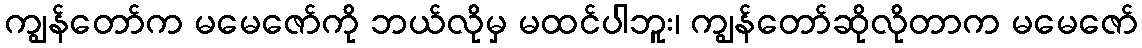
ကျွန်တော်က မမေဇော်ကို ဘယ်လိုမှ မထင်ပါဘူး၊ ကျွန်တော်ဆိုလိုတာက မမေဇော်